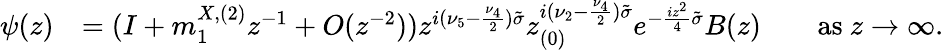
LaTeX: \begin{array}{rl}{\psi(z)}&{=(I+m_{1}^{X,(2)}z^{-1}+O(z^{-2}))z^{i(\nu_{5}-\frac{\nu_{4}}{2})\tilde{\sigma}}z_{(0)}^{i(\nu_{2}-\frac{\nu_{4}}{2})\tilde{\sigma}}e^{-\frac{iz^{2}}{4}\tilde{\sigma}}B(z)\qquad\mathrm{as~}z\to\infty.}\end{array}